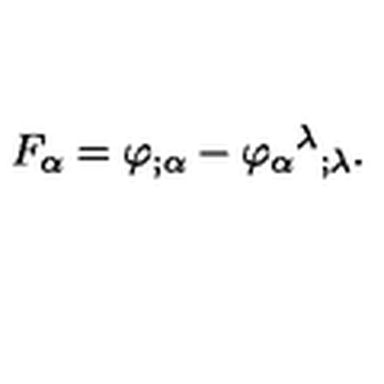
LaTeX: F _ { \alpha } = \varphi _ { ; \alpha } - \varphi _ { \alpha } { } ^ { \lambda } { } _ { ; \lambda } .